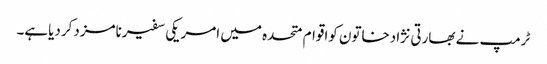
ٹرمپ نے بھارتی نژادخاتون کواقوام متحدہ میں امریکی سفیرنامزدکردیاہے۔